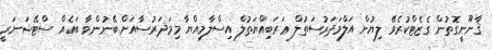
ޤާނޫނީގޮތުން ގެޒެޓްކުރެވޭ ލިޔުން އަލްމަދަރުސަތުލް ޢަރަބިއްޔަތުލް އިސްލާމިއްޔާ މިމަދަރުސާއަށް ބޭނުންވާ ބައެއް ސްޓޭޝަނަރީ